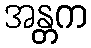
အန္တက